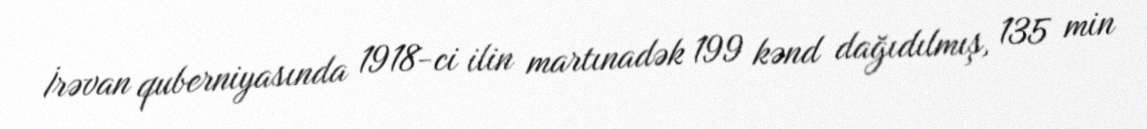
İrəvan quberniyasında 1918-ci ilin martınadək 199 kənd dağıdılmış, 135 min